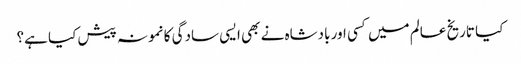
کیا تاریخ عالم میں کسی اور بادشاہ نے بھی ایسی سادگی کا نمونہ پیش کیا ہے؟